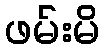
ဖမ်းမိ